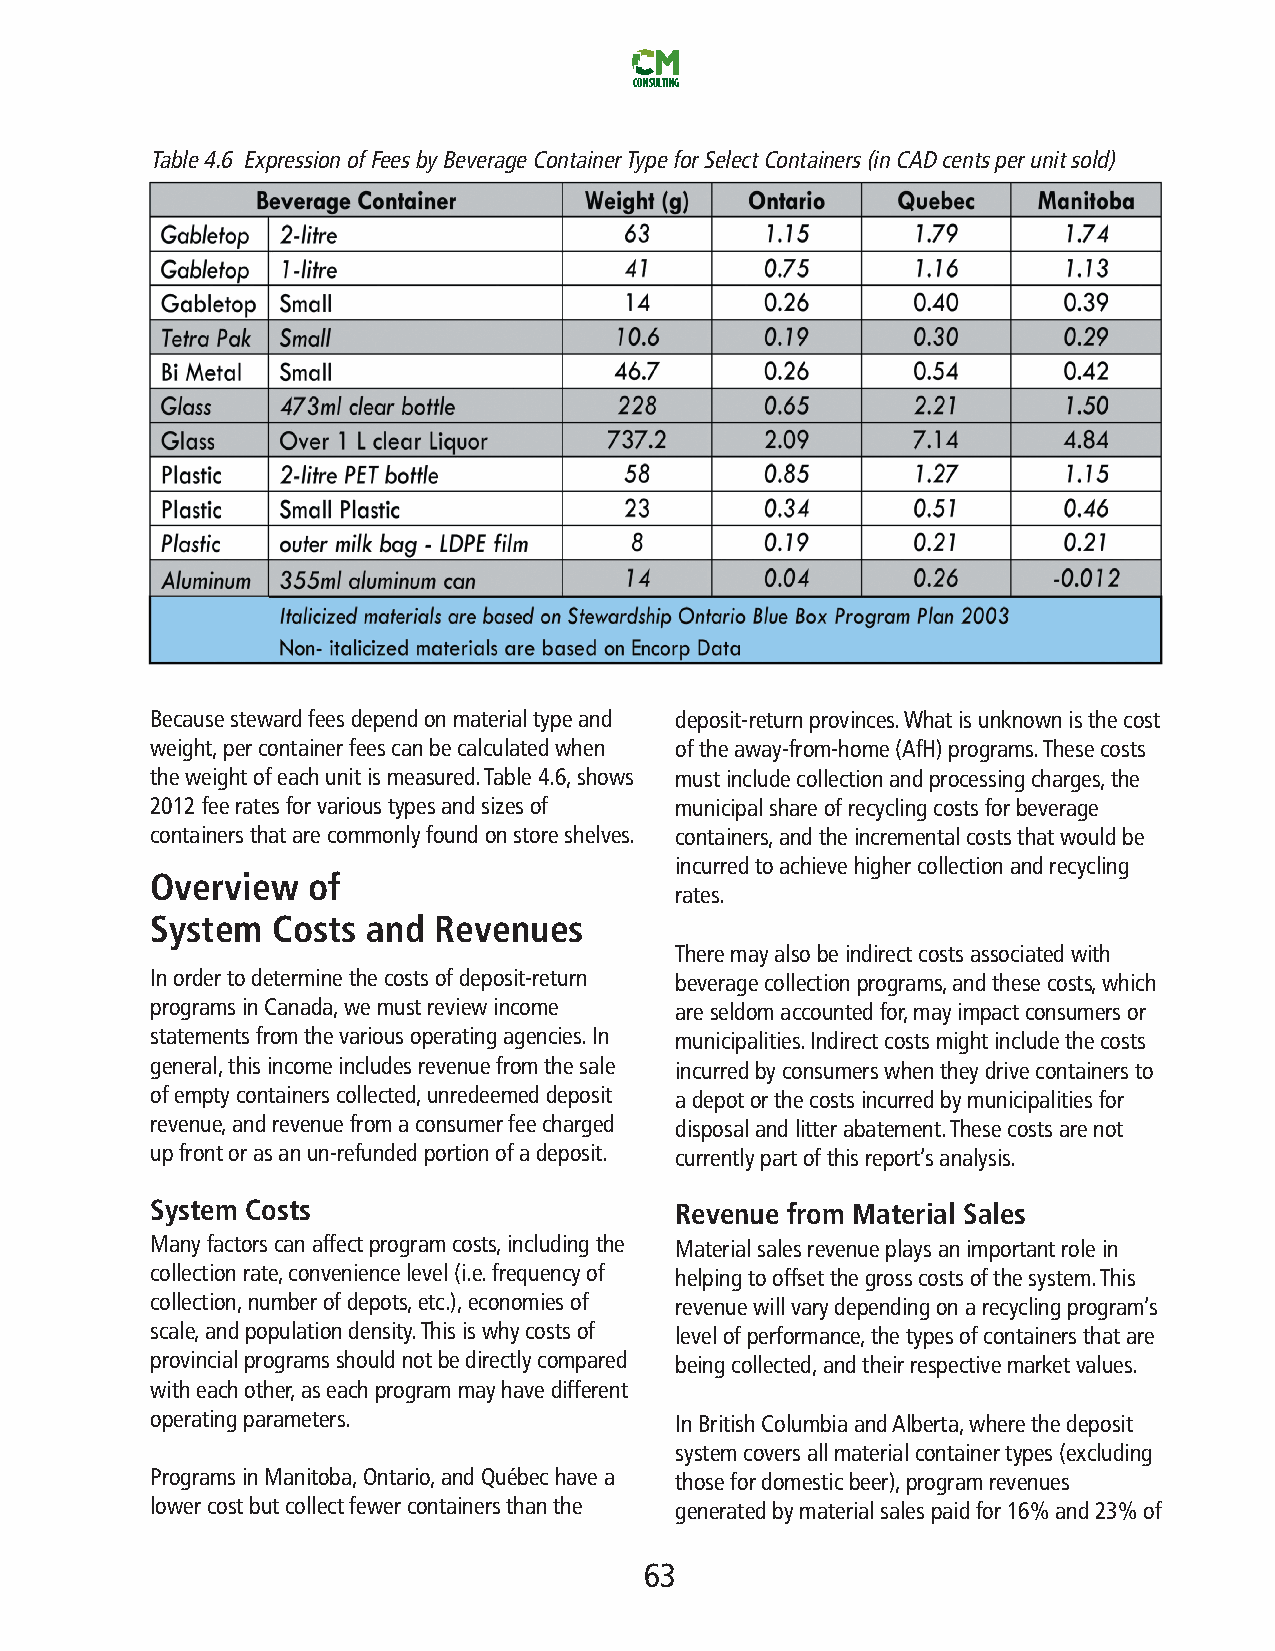
CONSULTING
 Table4.6 ExpressionofFeesbyBeverageContainerTypeforSelectContainers(inCADcentsperunitsold)
 Becausestewardfeesdependonmaterialtypeand deposit-returnprovinces.Whatisunknownisthecost
 weight,percontainerfeescanbecalculatedwhen oftheaway-from-home(AfH)programs.Thesecosts
 theweightofeachunitismeasured.Table4.6,shows mustincludecollectionandprocessingcharges,the
 2012feeratesforvarioustypesandsizesof municipalshareofrecyclingcostsforbeverage
 containersthatarecommonlyfoundonstoreshelves. containers,andtheincrementalcoststhatwouldbe
 incurredtoachievehighercollectionandrecycling
 Overview  of
 rates.
 System  Costs and  Revenues
 Theremayalsobeindirectcostsassociatedwith
 Inordertodeterminethecostsofdeposit-return beveragecollectionprograms,andthesecosts,which
 programsinCanada,wemustreviewincome areseldomaccountedfor,mayimpactconsumersor
 statementsfromthevariousoperatingagencies.In municipalities.Indirectcostsmightincludethecosts
 general,thisincomeincludesrevenuefromthesale incurredbyconsumerswhentheydrivecontainersto
 ofemptycontainerscollected,unredeemeddeposit adepotorthecostsincurredbymunicipalitiesfor
 revenue,andrevenuefromaconsumerfeecharged disposalandlitterabatement.Thesecostsarenot
 upfrontorasanun-refundedportionofadeposit. currentlypartofthisreport’sanalysis.
 System Costs                       Revenue from Material Sales
 Manyfactorscanaffectprogramcosts,includingthe Materialsalesrevenueplaysanimportantrolein
 collectionrate,conveniencelevel(i.e.frequencyof helpingtooffsetthegrosscostsofthesystem.This
 collection,numberofdepots,etc.),economiesof revenuewillvarydependingonarecyclingprogram’s
 scale,andpopulationdensity.Thisiswhycostsof levelofperformance,thetypesofcontainersthatare
 provincialprogramsshouldnotbedirectlycompared beingcollected,andtheirrespectivemarketvalues.
 witheachother,aseachprogrammayhavedifferent
 operatingparameters.               InBritishColumbiaandAlberta,wherethedeposit
 systemcoversallmaterialcontainertypes(excluding
 ProgramsinManitoba,Ontario,andQuébechavea thosefordomesticbeer),programrevenues
 lowercostbutcollectfewercontainersthanthe generatedbymaterialsalespaidfor16%and23%of
 63